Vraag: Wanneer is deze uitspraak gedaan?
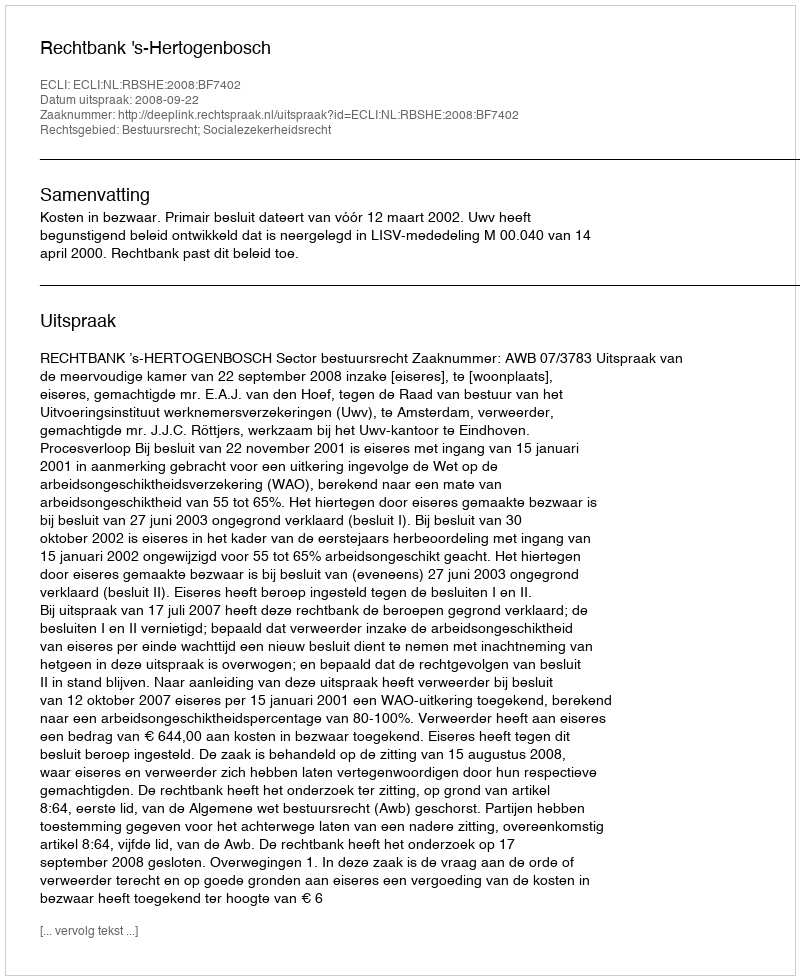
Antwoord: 2008-09-22